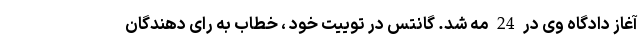
آغاز دادگاه وی در 24 مه شد. گانتس در توییت خود ، خطاب به رای دهندگان